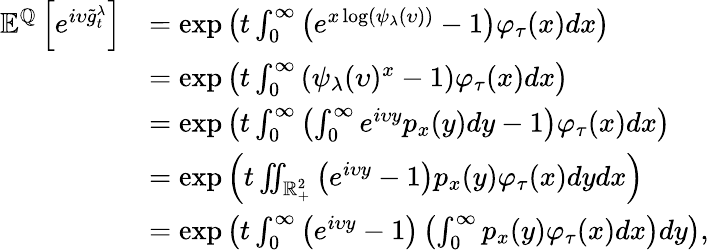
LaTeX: \begin{array}{rl}{{\mathbb E}^{{\mathbb Q}}\left[e^{i\upsilon\tilde{g}_{t}^{\lambda}}\right]}&{=\exp\left(t\int_{0}^{\infty}\left(e^{x\log\left(\psi_{\lambda}(\upsilon)\right)}-1\right)\varphi_{\tau}(x)dx\right)}\\ &{=\exp\left(t\int_{0}^{\infty}\left(\psi_{\lambda}(\upsilon)^{x}-1\right)\varphi_{\tau}(x)dx\right)}\\ &{=\exp\left(t\int_{0}^{\infty}\left(\int_{0}^{\infty}e^{i\upsilon y}p_{x}(y)dy-1\right)\varphi_{\tau}(x)dx\right)}\\ &{=\exp\left(t\iint_{{\mathbb R}_{+}^{2}}\left(e^{i\upsilon y}-1\right)p_{x}(y)\varphi_{\tau}(x)dydx\right)}\\ &{=\exp\left(t\int_{0}^{\infty}\left(e^{i\upsilon y}-1\right)\left(\int_{0}^{\infty}p_{x}(y)\varphi_{\tau}(x)dx\right)dy\right),}\end{array}